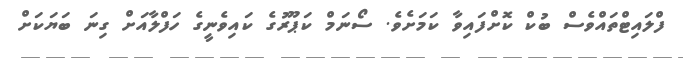
ފްލައިޓްތައްވެސް ބުކް ކޮށްފައިވާ ކަމަށެވެ. ސޯނަމް ކަޕޫރުގެ ކައިވެނީގެ ހަފްލާއަށް ގިނަ ބަޔަކަށް